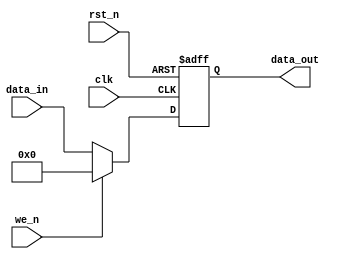
`timescale 1ns / 1ps

module reg_8bit(clk, rst_n, we_n, data_in, data_out);

input clk, rst_n, we_n;

input [7:0] data_in;

output reg [7:0] data_out;

always @(posedge clk, negedge rst_n) begin

if(!rst_n) begin

data_out <= 0;

end else if(we_n == 0) begin

data_out <= data_in;

end else if(we_n == 1) begin

data_out <= 0;

end
end

endmodule